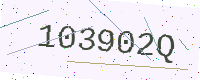
Text: 103902Q